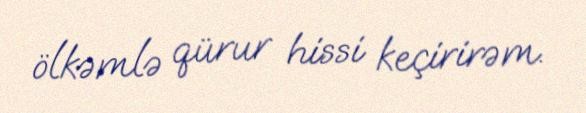
ölkəmlə qürur hissi keçirirəm.